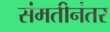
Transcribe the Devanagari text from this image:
संमतीनंतर